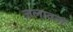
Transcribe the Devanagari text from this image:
जलावनों